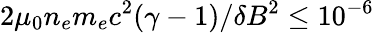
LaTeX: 2\mu_{0}n_{e}m_{e}c^{2}(\gamma-1)/\delta B^{2}\leq 10^{-6}